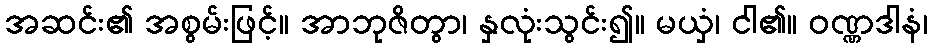
အဆင်း၏ အစွမ်းဖြင့်။ အာဘုဇိတွာ၊ နှလုံးသွင်း၍။ မယှံ၊ ငါ၏။ ဝဏ္ဏဒါနံ၊